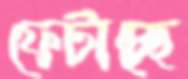
ফেটাচ্ছে